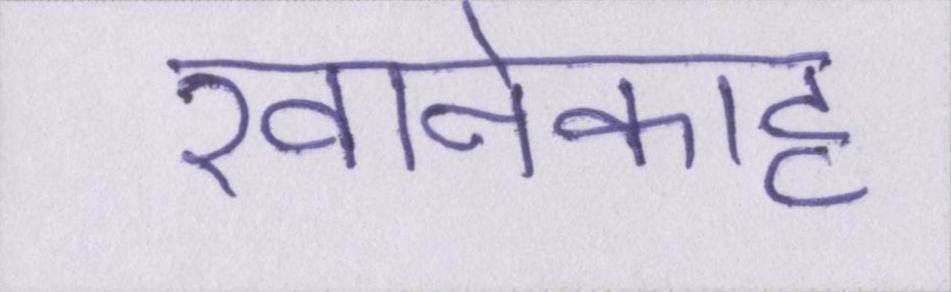
खानेकाह